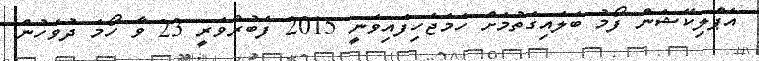
އެޕްލިކޭޝަން ފޯމު ބަލައިގަތުމަށް ހަމަޖެހިފައިވަނީ 2015 ފެބުރުވަރީ 23 ވާ ހޯމަ ދުވަހުން